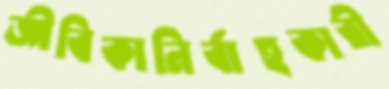
জীবিকানির্বাহকারী